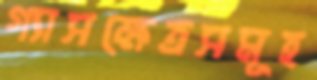
গ্যাসক্ষেত্রসমূহ